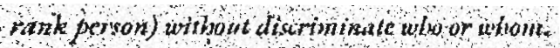
rank person) without discriminate who or whom.